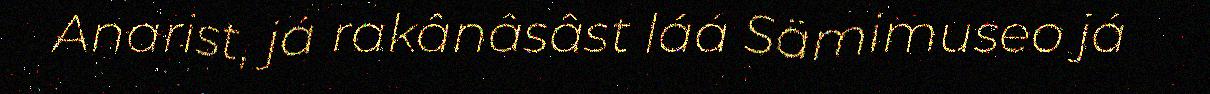
Anarist, já rakânâsâst láá Sämimuseo já